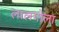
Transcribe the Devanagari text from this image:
लालगोला